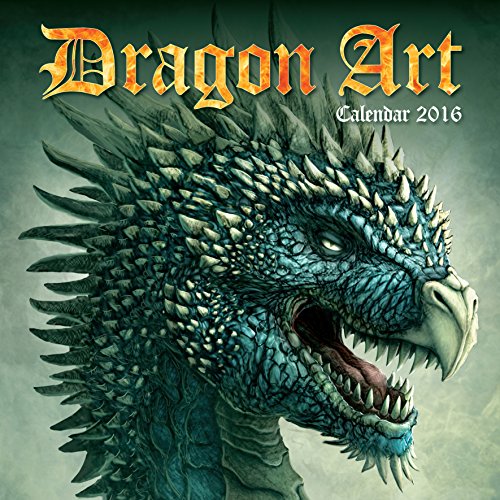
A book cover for Dragon Art Wall Calendar 2016 (Art Calendar); Calendars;